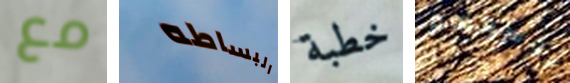
مع البساطه خطبة بوسعهم